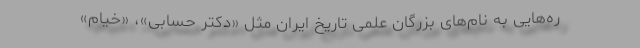
ره‌هایی به نام‌های بزرگان علمی تاریخ ایران مثل «دکتر حسابی»، «خیام»